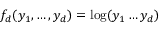
f _ { d } ( y _ { 1 } , \dots , y _ { d } ) = \log ( y _ { 1 } \dots y _ { d } )